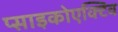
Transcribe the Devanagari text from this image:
प्साइकोएक्टिव